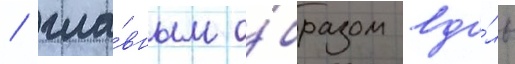
/ гла́вным о́бразом вдо́ль